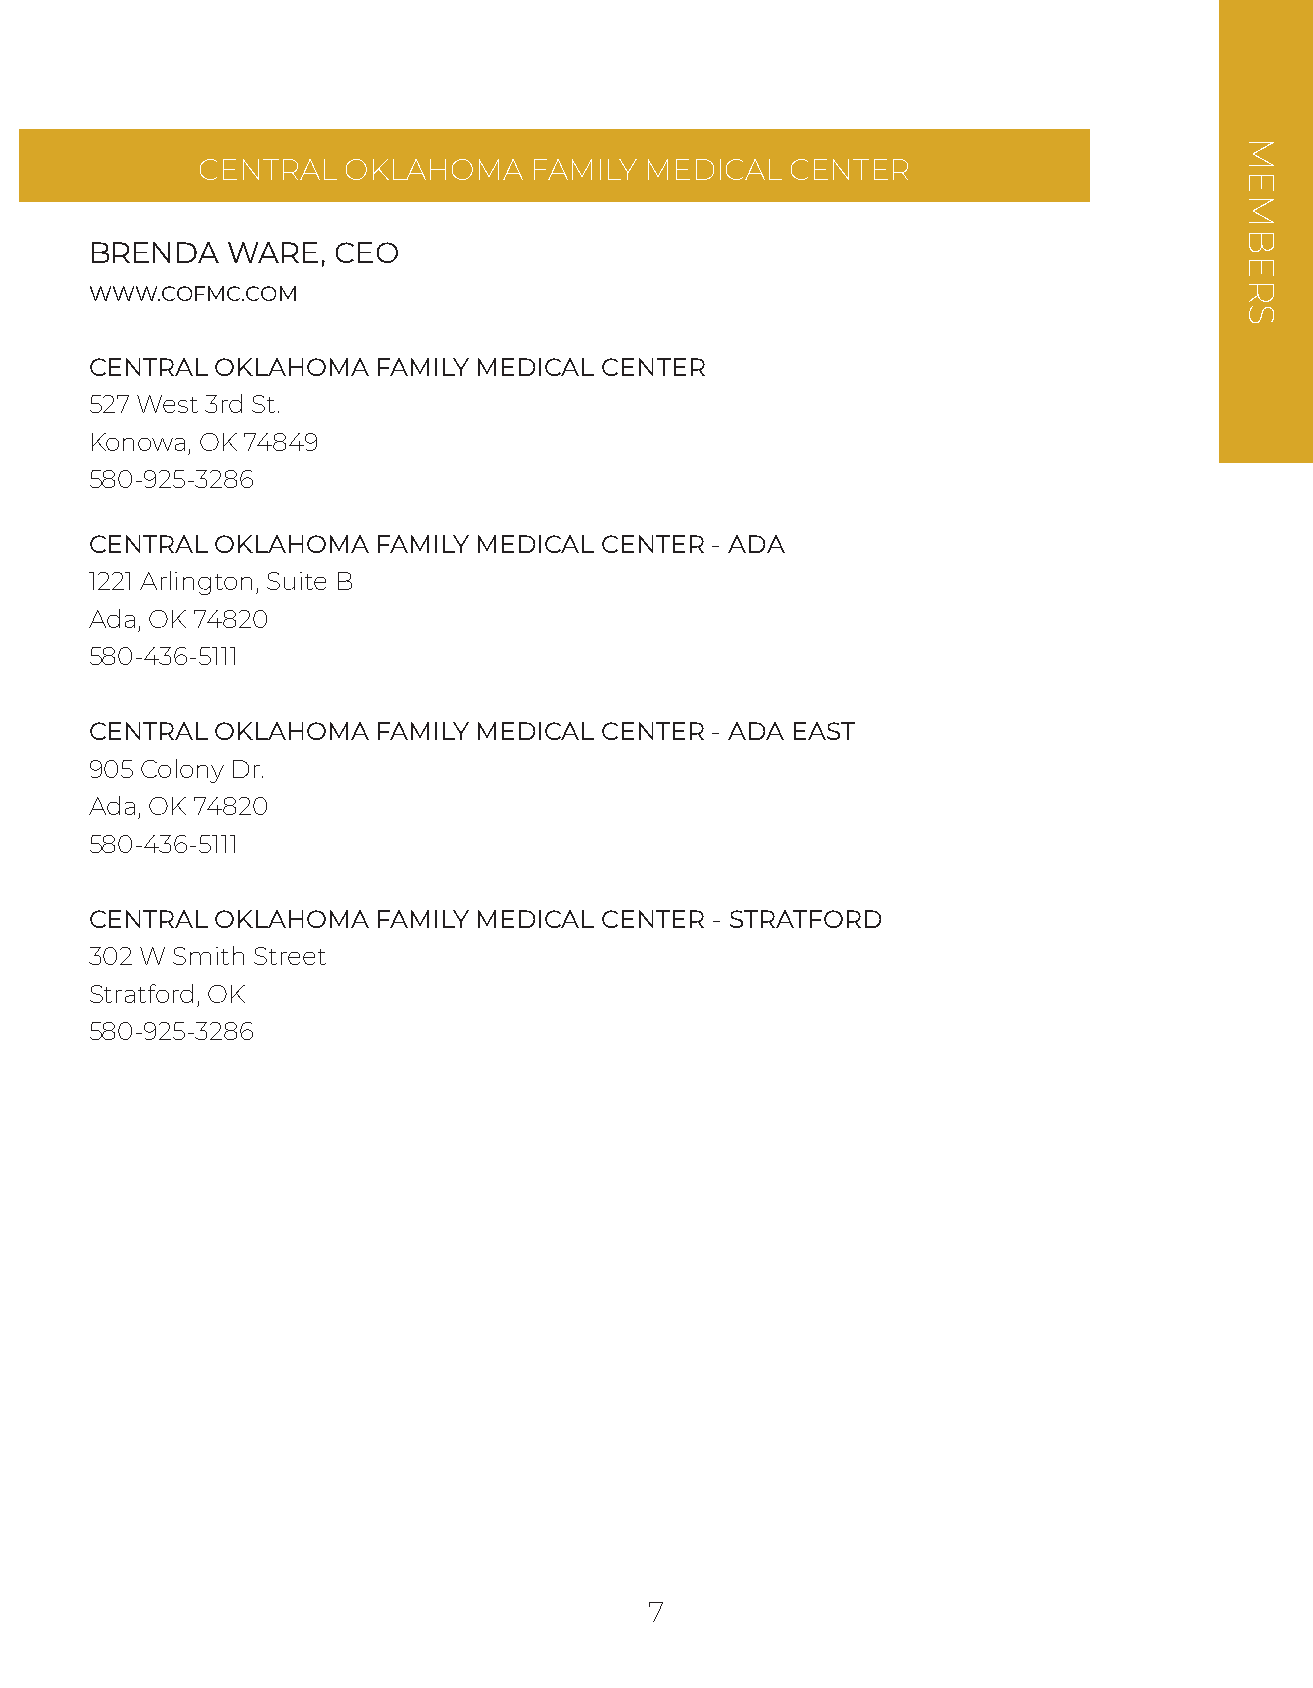
CENTRAL   OKLAHOMA    FAMILY  MEDICAL  CENTER
 BRENDA   WARE,  CEO
 WWW.COFMC.COM
 CENTRAL OKLAHOMA   FAMILY MEDICAL CENTER
 527 West 3rd St.
 Konowa, OK 74849
 580-925-3286
 CENTRAL OKLAHOMA   FAMILY MEDICAL CENTER - ADA
 1221 Arlington, Suite B
 Ada, OK 74820
 580-436-5111
 CENTRAL OKLAHOMA   FAMILY MEDICAL CENTER - ADA EAST
 905 Colony Dr.
 Ada, OK 74820
 580-436-5111
 CENTRAL OKLAHOMA   FAMILY MEDICAL CENTER - STRATFORD
 302 W Smith Street
 Stratford, OK
 580-925-3286
 7
 MEMBERS